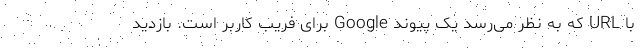
با URL که به نظر می‌رسد یک پیوند Google برای فریب کاربر است. بازدید